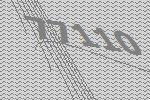
77110